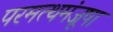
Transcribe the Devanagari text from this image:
परमत्थमंजूषा